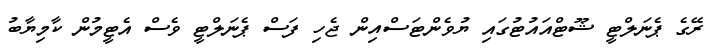
ރޭގެ ޕެނަލްޓީ ޝޫޓްއައުޓުގައި ޔުވެންޓަސްއިން ޖެހި ފަސް ޕެނަލްޓީ ވެސް އެޓީމުން ކާމިޔާބު